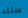
ستلد